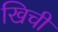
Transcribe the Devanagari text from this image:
खिची